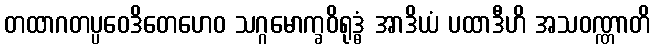
တထာဂတပ္ပဝေဒိတေဟေဝ သဂ္ဂမောက္ခဝိရုဒ္ဓံ အာဒိယံ ပထာဒီဟိ အသဝဏ္ဏာတိ